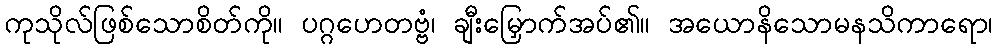
ကုသိုလ်ဖြစ်သောစိတ်ကို။ ပဂ္ဂဟေတဗ္ဗံ၊ ချီးမြှောက်အပ်၏။ အယောနိသောမနသိကာရော၊